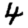
Digit: 4